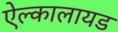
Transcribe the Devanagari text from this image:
ऐल्कालायड